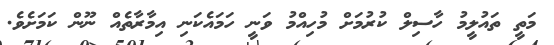
މަތީ ތައުލީމު ހާސިލް ކުރުމަށް މުހިއްމު ވަނީ ހަމައެކަނި އިމާރާތެއް ނޫން ކަމަށެވެ.